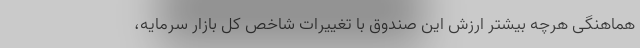
هماهنگی هرچه بیشتر ارزش این صندوق با تغییرات شاخص کل بازار سرمایه،